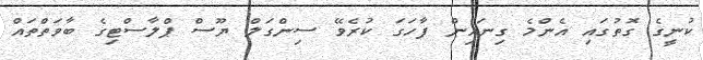
ކުނީގެ ގޮތުގައި އެންމެ ގިނައިން ފާހަގަ ކުރެވޭ ސިންގަލް ޔޫސް ޕްލާސްޓިގެ ބާވަތްތައް